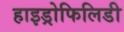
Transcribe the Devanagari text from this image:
हाइड्रोफिलिडी